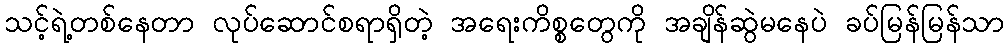
သင့်ရဲ့တစ်နေတာ လုပ်ဆောင်စရာရှိတဲ့ အရေးကိစ္စတွေကို အချိန်ဆွဲမနေပဲ ခပ်မြန်မြန်သာ